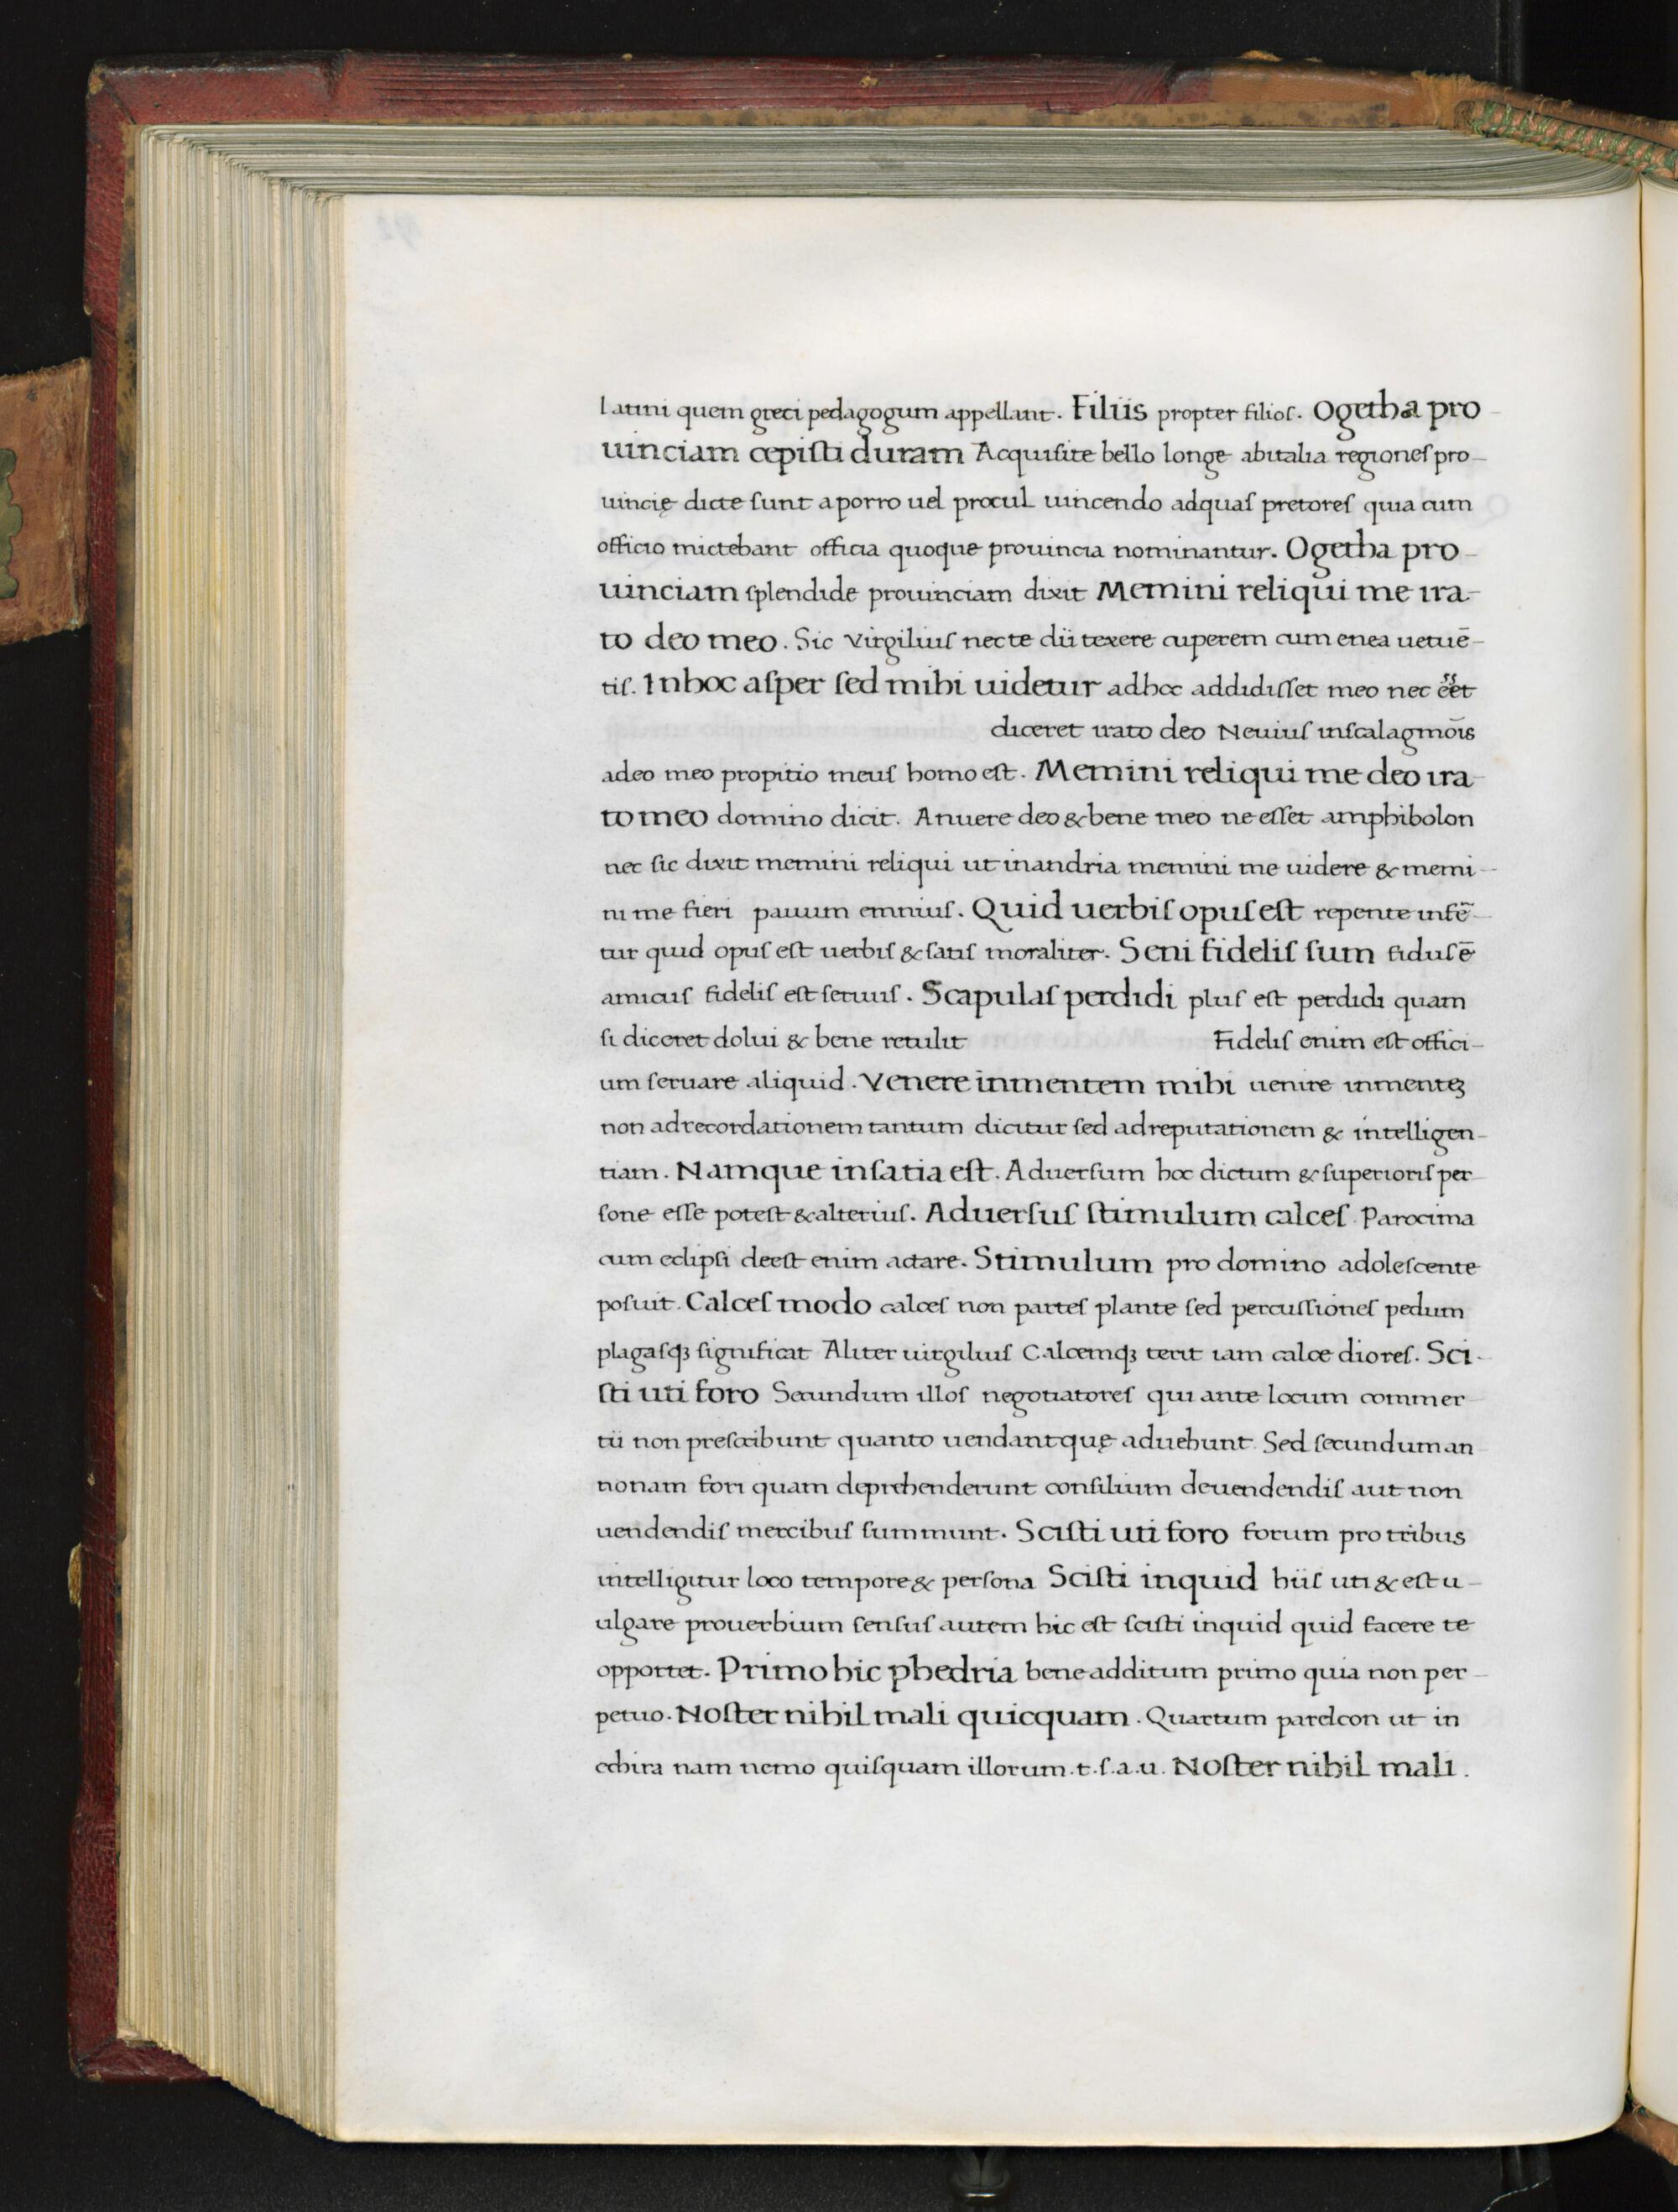
Shelfmark: Florence, Biblioteca Medicea Laurenziana, Laur. Plut. 53.09
Century: 15